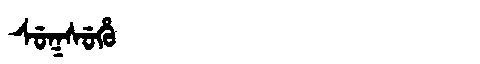
Manchu: ᠰᡠᡴᠰᡠᡥᡠ
Romanization: SUKSUHU